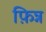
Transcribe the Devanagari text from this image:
फ़िन्न